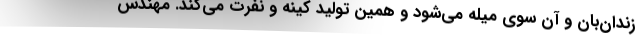
زندان‌بان و آن سوی میله می‌شود و همین تولید کینه و نفرت می‌کند. مهندس